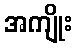
အကျိုး